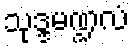
သုဒ္ဒမဏ္ဍလံ